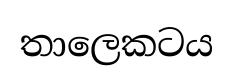
තාලෙකටය